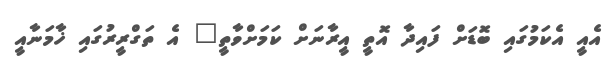
އެއީ އެކަމުގައި ބޮޑަށް ފައިދާ އޮތީ އީރާނަށް ކަމަށްވާތީ" އެ ތަގްރީރުގައި ޚާމަނާއީ